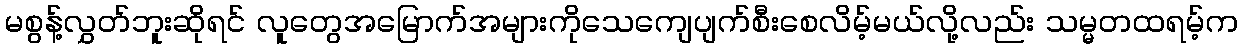
မစွန့်လွှတ်ဘူးဆိုရင် လူတွေအမြောက်အများကိုသေကျေပျက်စီးစေလိမ့်မယ်လို့လည်း သမ္မတထရမ့်က